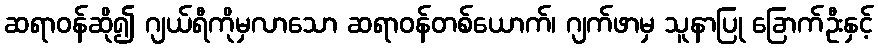
ဆရာဝန်ဆို၍ ဂျယ်ရီကိုမှလာသော ဆရာဝန်တစ်ယောက်၊ ဂျက်ဖာမှ သူနာပြု ခြောက်ဦးနှင့်